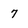
Character: 7